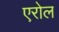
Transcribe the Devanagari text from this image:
एरोल